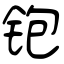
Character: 铇